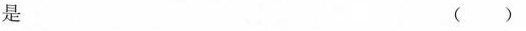
是 ()